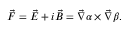
\vec { F } = \vec { E } + i \vec { B } = \vec { \nabla } \alpha \times \vec { \nabla } \beta .